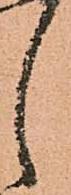
し